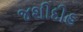
જશીદીહ